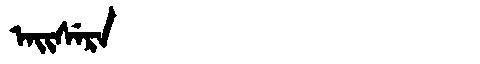
Manchu: ᠠᡳᠰᡝᡵᠠ
Romanization: AISERA